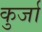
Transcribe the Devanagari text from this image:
कुर्जा